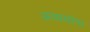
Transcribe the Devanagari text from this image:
अव्ययांना